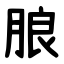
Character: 朖